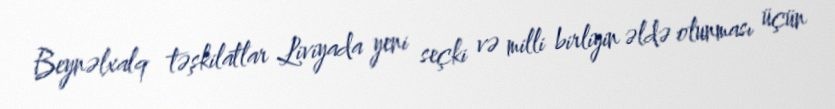
Beynəlxalq təşkilatlar Liviyada yeni seçki və milli birliyin əldə olunması üçün